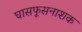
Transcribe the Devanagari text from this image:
घासफूसनाशक